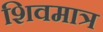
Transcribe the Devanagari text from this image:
शिवमात्र